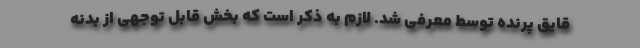
قایق پرنده توسط معرفی شد. لازم به ذکر است که بخش قابل توجهی از بدنه